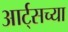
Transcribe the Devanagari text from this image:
आर्ट्‌सच्या